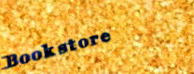
Bookstore